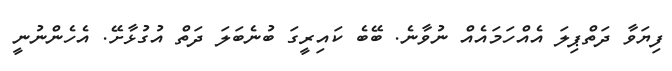
ފިޔަވާ ދަތްޕިލަ އެއްހަމައެއް ނުވާނެ. ބޭބެ ކައިރީގަ ބުނެބަލަ ދަތް އުގުޅާށޭ. އެހެންނުނީ